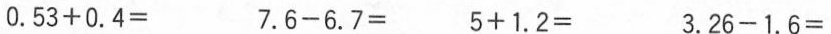
$$0 . 5 3 + 0 . 4 =$$ $$7 . 6 - 6 . 7 =$$ $$5 + 1 . 2 =$$ $$3 . 2 6 - 1 . 6 =$$